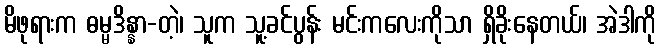
မိဖုရားက ဓမ္မဒိန္နာ-တဲ့၊ သူက သူ့ခင်ပွန်း မင်းကလေးကိုသာ ရှိခိုးနေတယ်၊ အဲဒါကို